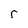
Character: r